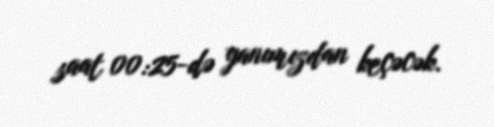
saat 00:25-də yanımızdan keçəcək.